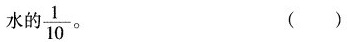
水的\frac{1}{10}。 ( )